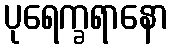
ပုရေက္ခရာနော